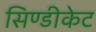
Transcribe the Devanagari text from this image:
सिण्डीकेट